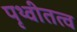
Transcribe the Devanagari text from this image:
पृथ्वीतत्व